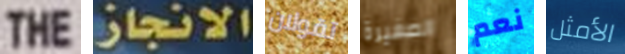
THE الانجاز تقولان الصغيرة نعم الأمثل